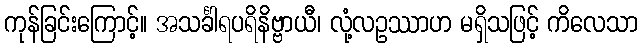
ကုန်ခြင်းကြောင့်။ အသင်္ခါရပရိနိဗ္ဗာယီ၊ လုံ့လဥဿာဟ မရှိသဖြင့် ကိလေသာ